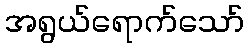
အရွယ်ရောက်သော်